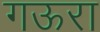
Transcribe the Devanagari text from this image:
गऊरा